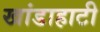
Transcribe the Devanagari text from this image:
खांडाहाटी